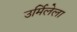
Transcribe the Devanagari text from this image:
उर्मिलेला